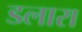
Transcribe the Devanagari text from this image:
डलारा